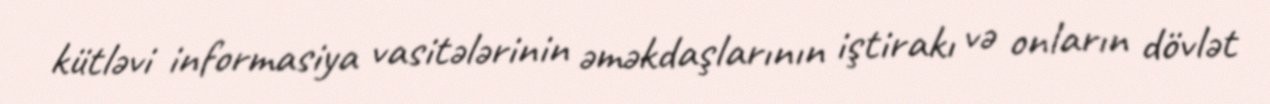
kütləvi informasiya vasitələrinin əməkdaşlarının iştirakı və onların dövlət